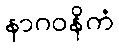
နာဂဝနိကံ